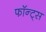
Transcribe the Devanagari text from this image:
फॉन्ट्‌स